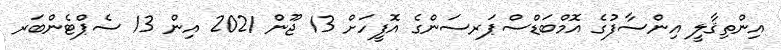
އިންތިޤާލީ އިންސާފުގެ އޮމްބަޑްސްޕަރސަންގެ އޮފީހަށް 13 ޖޫން 2021 އިން 13 ސެޕްޓެންބަރ